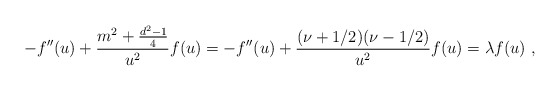
\begin{align*}-f''(u) + \frac{m^2+\frac{d^2-1}4}{u^2} f(u)= -f''(u) + \frac{(\nu+1/2)(\nu-1/2)}{u^2} f(u) =\lambda f(u)\ , \end{align*}